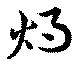
燭